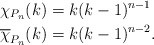
\begin{align*}\chi_{P_n}(k)&=k(k-1)^{n-1}\\\overline{\chi}_{P_n}(k)&=k(k-1)^{n-2}.\end{align*}